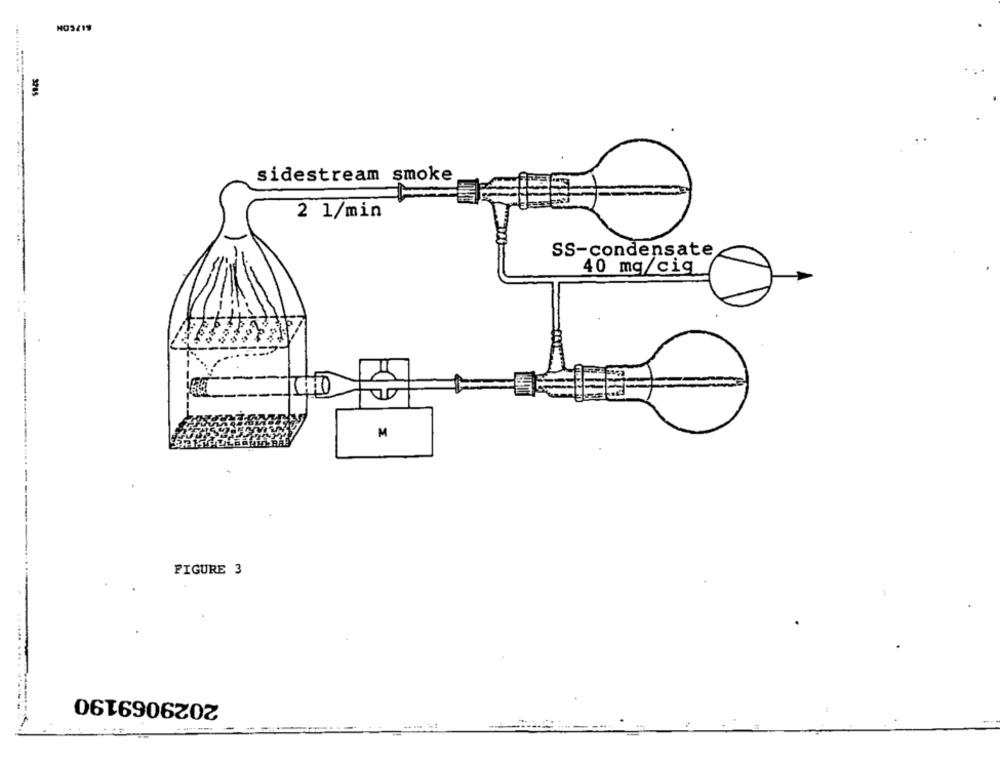
NOS219
3785
sidestream smoke
2 1/min
SS-condensate
40 mg/cig
M
FIGURE 3
2029069190